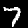
Digit: 7